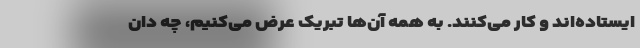
ایستاده‌اند و کار می‌کنند. به همه آن‌ها تبریک عرض می‌کنیم، چه دان